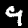
Label: 9